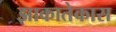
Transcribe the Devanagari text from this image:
झाकातेकास